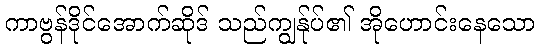
ကာဗွန်ဒိုင်အောက်ဆိုဒ် သည်ကျွန်ုပ်၏ အိုဟောင်းနေသော